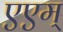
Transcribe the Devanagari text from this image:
एएम्